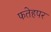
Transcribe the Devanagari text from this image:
फतेहपर